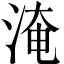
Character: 淹